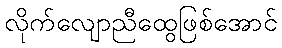
လိုက်လျောညီထွေဖြစ်အောင်